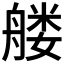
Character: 𰰑